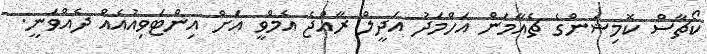
ކޯޗާސް ކޮމިޝަންގެ ޗެއާމަން އަހްމަދު އަދީލް ރާއްޖެ އެމްވީ އަށް އިންޓަވިއުއެއް ދެއްވަނީ.